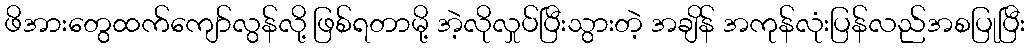
ဖိအားတွေထက်ကျော်လွန်လို့ ဖြစ်ရတာမို့ အဲ့လိုလှုပ်ပြီးသွားတဲ့ အချိန် အကုန်လုံးပြန်လည်အစပြုပြီး